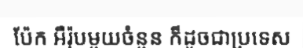
ប៉ែក អឺរ៉ុបមួយចំនួន ក៏ដូចជាប្រទេស